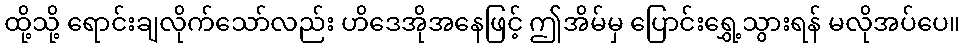
ထို့သို့ ရောင်းချလိုက်သော်လည်း ဟိဒေအိုအနေဖြင့် ဤအိမ်မှ ပြောင်းရွှေ့သွားရန် မလိုအပ်ပေ။